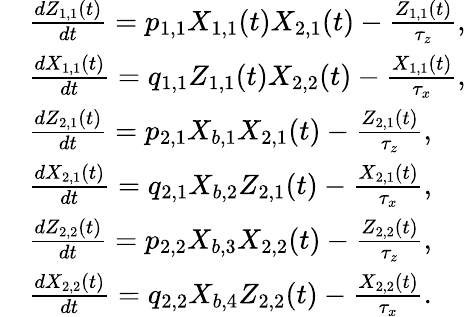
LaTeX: \begin{array}{rl}&{\frac{dZ_{1,1}(t)}{dt}=p_{1,1}X_{1,1}(t)X_{2,1}(t)-\frac{Z_{1,1}(t)}{\tau_{z}},}\\ &{\frac{dX_{1,1}(t)}{dt}=q_{1,1}Z_{1,1}(t)X_{2,2}(t)-\frac{X_{1,1}(t)}{\tau_{x}},}\\ &{\frac{dZ_{2,1}(t)}{dt}=p_{2,1}X_{b,1}X_{2,1}(t)-\frac{Z_{2,1}(t)}{\tau_{z}},}\\ &{\frac{dX_{2,1}(t)}{dt}=q_{2,1}X_{b,2}Z_{2,1}(t)-\frac{X_{2,1}(t)}{\tau_{x}},}\\ &{\frac{dZ_{2,2}(t)}{dt}=p_{2,2}X_{b,3}X_{2,2}(t)-\frac{Z_{2,2}(t)}{\tau_{z}},}\\ &{\frac{dX_{2,2}(t)}{dt}=q_{2,2}X_{b,4}Z_{2,2}(t)-\frac{X_{2,2}(t)}{\tau_{x}}.}\end{array}